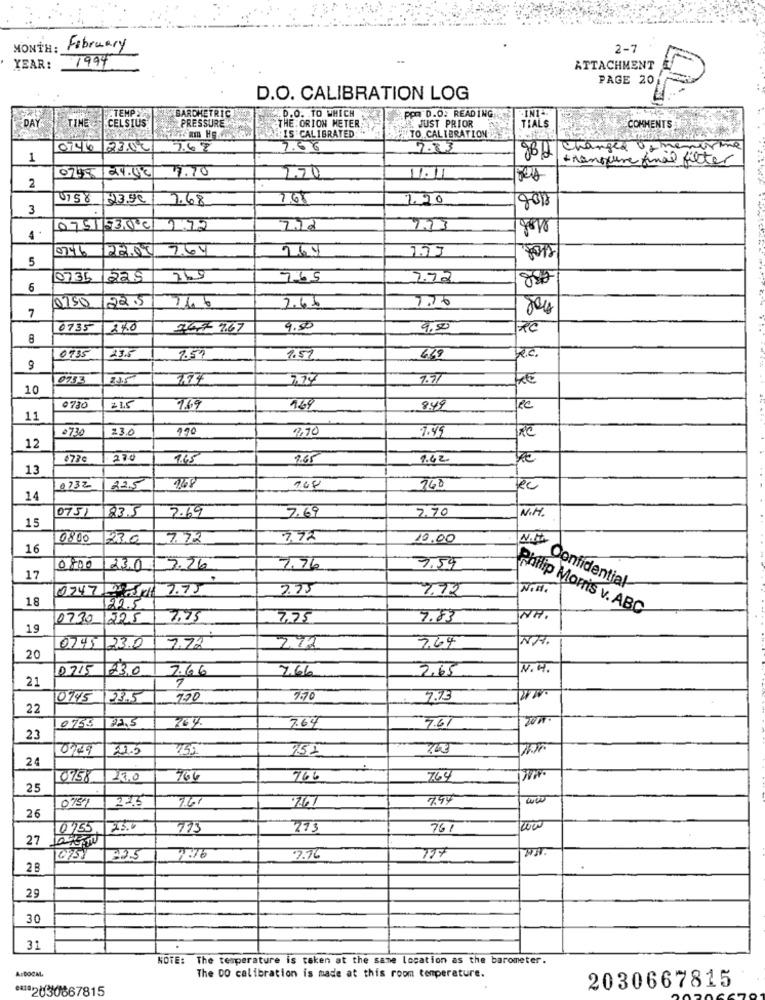
MONTH:
February
2-7
YEAR:
1994
ATTACHMENT
PAGE 20
D.O. CALIBRATION LOG
.D.O. TO WHICH
DAY
TINE
TEMPY
BARCHETRIC
PRESSURE
ppm D.O. READING.
E. JUST PRIOR
.INI-
CELSIUS
THE. ORION METER.
TIALS
COMMENTS
IS CALIBRATED:
TO CALIBRATION
23.00
7.62
7.56
2.83
gBL changed osmenorme
1
transure final filter
7.70
2.20
11.11
2
1758 23.50
7.68
7.68
7.20
3
0751/73,0℃
1.72
7.13
0746
7.64
169
5
07:35
1225
769
765
2.72
6
22.5
7.76
Q150
2.63
7
0735
240
344- 7.67
9.50
9.50
RC
8
0735
23.6
7.59
1.57
669
2.0.
9
0753
215
7.71
KE
10
073
1.69
169
845
11
0730
23.6
100
9.70
7.49
RC
12
270
1.45
1.65
1.62
13
0732
225
760
Rec
14
0751
123.5
7.69
2.70
N.M.
15
7.69
0800
23.0
7.72
3.92
10.00
N.M.
16
0800
23.0
3.26
7.76
3.54
17
Confidential
0747 4 7.75
2.75
3.72
18
22.5
Philip Morris v. ABC
0730
225
7.95
7.75
7.83
WH.
19
3.64
NR.
0745 23.0
2.72
2.72
20
0715
23.0
7.66
7.66
2,65
N. H.
21
0145
23.5
720
7.70
7.75
22
23.5
769
7.61
23
0309
32.5
152
24
0758
200
766
966
764
25
0757
325
761
7.67
794
26
25.4
773
27
761
27
0757
7:76
2.76
28
29
30
31
NOTE: The temperature is taken at the same location as the barometer.
A:DOCM
The DO calibration is made at this room temperature.
2030667815
2030667815